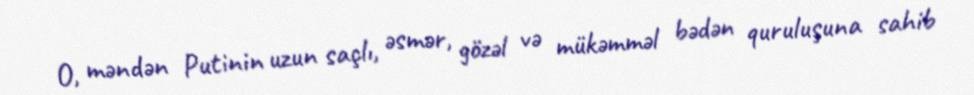
O, məndən Putinin uzun saçlı, əsmər, gözəl və mükəmməl bədən quruluşuna sahib